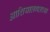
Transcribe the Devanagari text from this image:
आशियालगतच्या